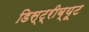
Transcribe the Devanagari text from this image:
डिस्ट्रीब्यूट